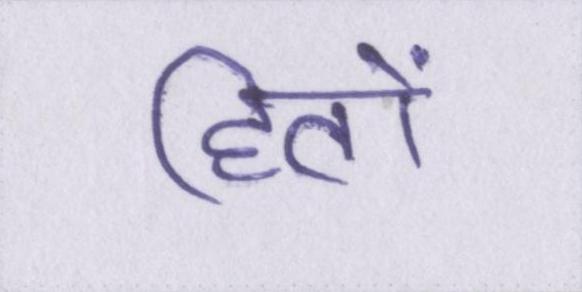
हितों